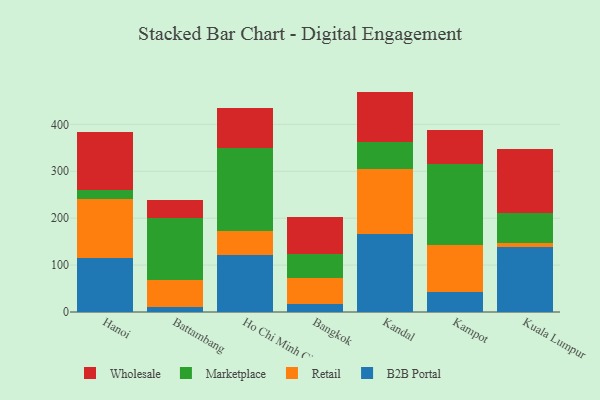
{"axis": {"x": "City", "y": "Budget (USD K)"}, "legend": ["B2B Portal", "Marketplace", "Retail", "Wholesale"], "data": [{"x": "Hanoi", "y": 114.3, "type": "B2B Portal"}, {"x": "Hanoi", "y": 127.2, "type": "Retail"}, {"x": "Hanoi", "y": 17.8, "type": "Marketplace"}, {"x": "Hanoi", "y": 124.9, "type": "Wholesale"}, {"x": "Battambang", "y": 11.3, "type": "B2B Portal"}, {"x": "Battambang", "y": 57.6, "type": "Retail"}, {"x": "Battambang", "y": 132.4, "type": "Marketplace"}, {"x": "Battambang", "y": 37.7, "type": "Wholesale"}, {"x": "Ho Chi Minh City", "y": 121.3, "type": "B2B Portal"}, {"x": "Ho Chi Minh City", "y": 52.3, "type": "Retail"}, {"x": "Ho Chi Minh City", "y": 175.3, "type": "Marketplace"}, {"x": "Ho Chi Minh City", "y": 86.0, "type": "Wholesale"}, {"x": "Bangkok", "y": 17.2, "type": "B2B Portal"}, {"x": "Bangkok", "y": 54.8, "type": "Retail"}, {"x": "Bangkok", "y": 50.9, "type": "Marketplace"}, {"x": "Bangkok", "y": 79.4, "type": "Wholesale"}, {"x": "Kandal", "y": 166.4, "type": "B2B Portal"}, {"x": "Kandal", "y": 137.5, "type": "Retail"}, {"x": "Kandal", "y": 58.1, "type": "Marketplace"}, {"x": "Kandal", "y": 107.9, "type": "Wholesale"}, {"x": "Kampot", "y": 42.2, "type": "B2B Portal"}, {"x": "Kampot", "y": 100.9, "type": "Retail"}, {"x": "Kampot", "y": 171.7, "type": "Marketplace"}, {"x": "Kampot", "y": 72.4, "type": "Wholesale"}, {"x": "Kuala Lumpur", "y": 139.1, "type": "B2B Portal"}, {"x": "Kuala Lumpur", "y": 7.8, "type": "Retail"}, {"x": "Kuala Lumpur", "y": 63.5, "type": "Marketplace"}, {"x": "Kuala Lumpur", "y": 136.5, "type": "Wholesale"}]}